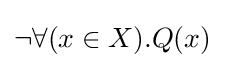
\neg \forall (x\in X).Q(x)